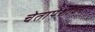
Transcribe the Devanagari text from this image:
चेतापेशीवर